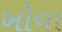
ખોવા